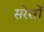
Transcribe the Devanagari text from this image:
सरेसों